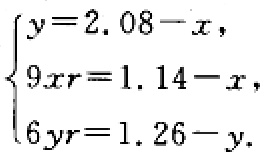
$\begin{cases}y = 2.08 - x,\\9xr = 1.14 - x,\\6yr = 1.26 - y.\end{cases}$